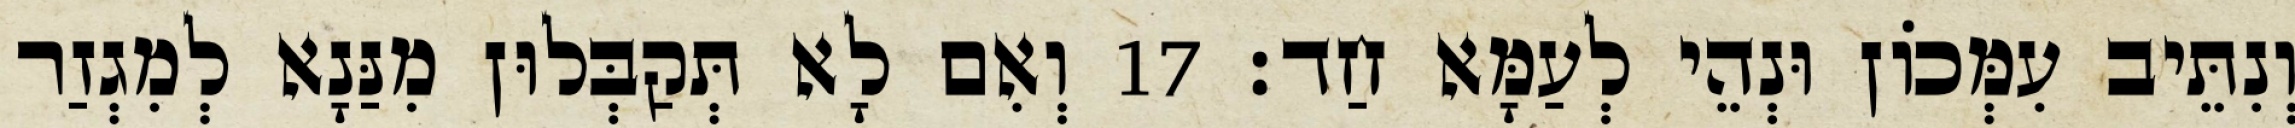
וְנִתֵּיב עִמְּכוֹן וּנְהֵי לְעַמָּא חַד׃ 17 וְאִם לָא תְּקַבְּלוּן מִנַּנָא לְמִגְזַר